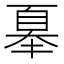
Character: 𭑜